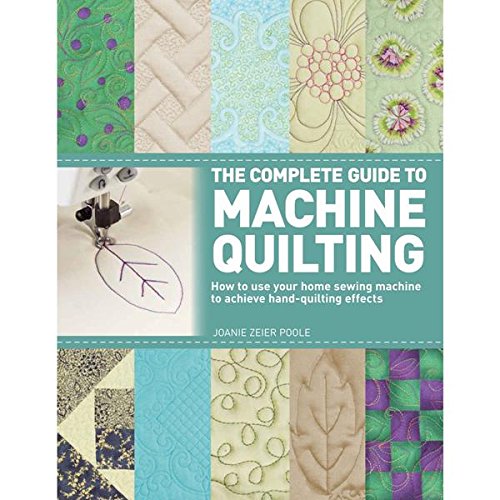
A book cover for The Complete Guide to Machine Quilting: How to Use Your Home Sewing Machine to Achieve Hand-Quilting Effects; Joanie Zeier Poole; Crafts, Hobbies & Home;